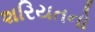
શરિયતનો